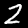
Digit: 2